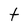
Character: t